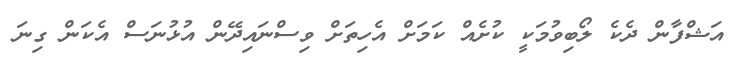
އަޝްފާން ދެކެ ލޯބިވުމަކީ ކުށެއް ކަމަށް އެހިތަށް ވިސްނައިދޭން އުޅުނަސް އެކަން ގިނަ